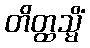
တိတ္ထသ္မိံ